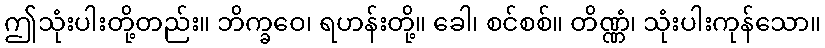
ဤသုံးပါးတို့တည်း။ ဘိက္ခဝေ၊ ရဟန်းတို့။ ခေါ၊ စင်စစ်။ တိဏ္ဏံ၊ သုံးပါးကုန်သော။